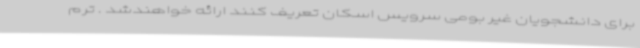
برای دانشجویان غیر بومی سرویس اسکان تعریف کنند ارائه خواهندشد . ترم